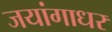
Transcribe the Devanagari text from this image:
जयांगाधर